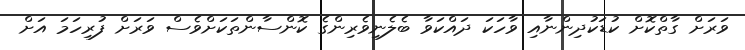
ވަރަށް ގާތްކޮށް ކުޑަކުދިންނާއި ވާހަކަ ދައްކަވާ ބެލެނިވެރިންގެ ކޮންސާންތަކަށްވެސް ވަރަށް ފުރިހަމަ އަށް